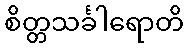
စိတ္တသင်္ခါရောတိ